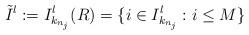
LaTeX: \begin{align*}\tilde{I}^l:=I^l_{k_{n_j}}(R)=\{ i \in I^l_{k_{n_j}}: i \leq M\}\end{align*}